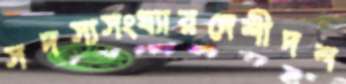
সদস্যসংখ্যারদেশীদশ